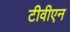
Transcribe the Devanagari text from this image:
टीवीएन